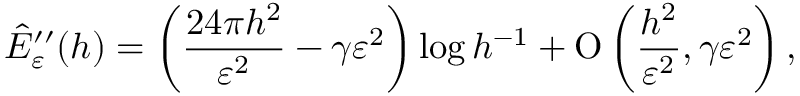
\hat { E } _ { \varepsilon } ^ { \prime \prime } ( h ) = \left( \frac { 2 4 \pi h ^ { 2 } } { \varepsilon ^ { 2 } } - \gamma \varepsilon ^ { 2 } \right) \log h ^ { - 1 } + \ensuremath { \operatorname { O } \left( \frac { h ^ { 2 } } { \varepsilon ^ { 2 } } , \gamma \varepsilon ^ { 2 } \right) } ,